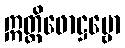
ဣတ္ထိဖောဋ္ဌဗ္ဗော